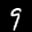
Label: 9